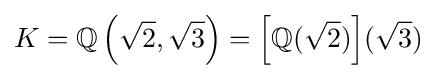
K=\mathbb {Q} \left({\sqrt {2}},{\sqrt {3}}\right)=\left[\mathbb {Q} ({\sqrt {2}})\right]\!({\sqrt {3}})